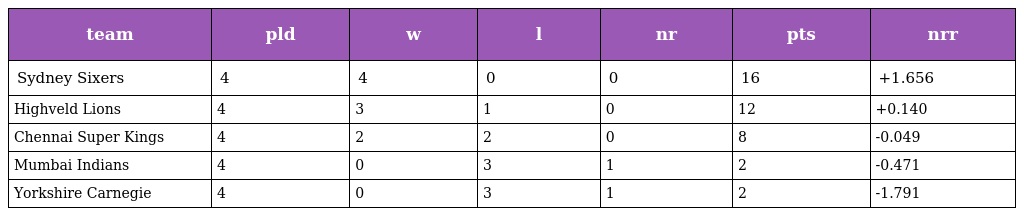
| team | pld | w | l | nr | pts | nrr |
 | --- | --- | --- | --- | --- | --- | --- |
 | Sydney Sixers | 4 | 4 | 0 | 0 | 16 | +1.656 |
 | Highveld Lions | 4 | 3 | 1 | 0 | 12 | +0.140 |
 | Chennai Super Kings | 4 | 2 | 2 | 0 | 8 | -0.049 |
 | Mumbai Indians | 4 | 0 | 3 | 1 | 2 | -0.471 |
 | Yorkshire Carnegie | 4 | 0 | 3 | 1 | 2 | -1.791 |